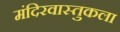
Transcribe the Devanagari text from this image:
मंदिरवास्तुकला